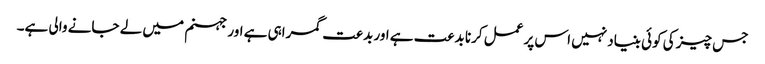
جس چیز کی کوئی بنیاد نہیں اس پر عمل کرنا بدعت ہے اور بدعت گمراہی ہے اور جہنم میں لے جانے والی ہے۔